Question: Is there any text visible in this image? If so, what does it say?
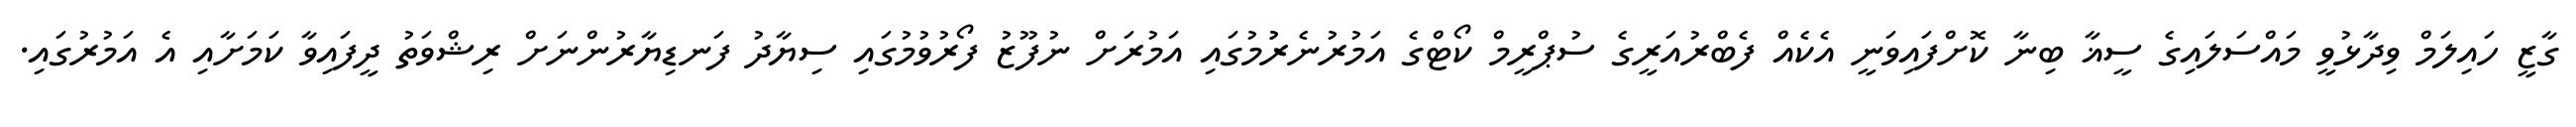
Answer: ގާޒީ ހައިލަމް ވިދާޅުވީ މައްސަލައިގެ ސީޣާ ބިނާ ކޮށްފައިވަނީ އެކެއް ފެބްރުއަރީގެ ސުޕްރީމް ކޯޓްގެ އަމުރުނެރުުމުގައި އަމުރަށް ނުފޫޒު ފޯރުވުމުގައި ސިޔާދު ފަނޑިޔާރުންނަށް ރިޝްވަތު ދީފައިވާ ކަމަށާއި އެ އަމުރުގައި.